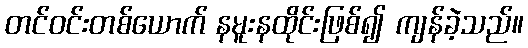
တင်ဝင်းတစ်ယောက် နမူးနထိုင်းဖြစ်၍ ကျန်ခဲ့သည်။